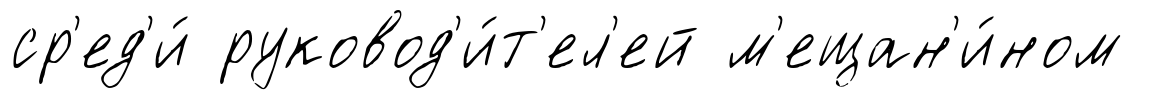
ср'ед'и́ руковод'и́т'ел'ей м'ещан'и́ном